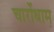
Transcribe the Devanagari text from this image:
चारोंधाम